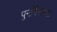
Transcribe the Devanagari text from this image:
पुनर्विस्फोट